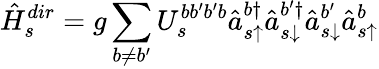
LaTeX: \hat{H}_{s}^{dir}=g\sum_{b\neq b^{\prime}}U_{s}^{bb^{\prime}b^{\prime}b}\hat{a}_{s\uparrow}^{b\dagger}\hat{a}_{s\downarrow}^{b^{\prime}\dagger}\hat{a}_{s\downarrow}^{b^{\prime}}\hat{a}_{s\uparrow}^{b}